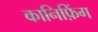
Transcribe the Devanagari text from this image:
कानिफ़िंग